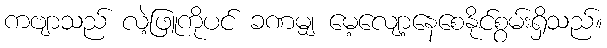
ကဗျာသည် လဲ့ဖြူကိုပင် ခဏမျှ မေ့လျော့နေစေနိုင်စွမ်းရှိသည်။